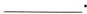
___.